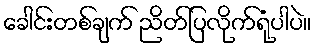
ခေါင်းတစ်ချက် ညိတ်ပြလိုက်ရုံပါပဲ။